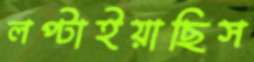
লপ্‌টাইয়াছিস